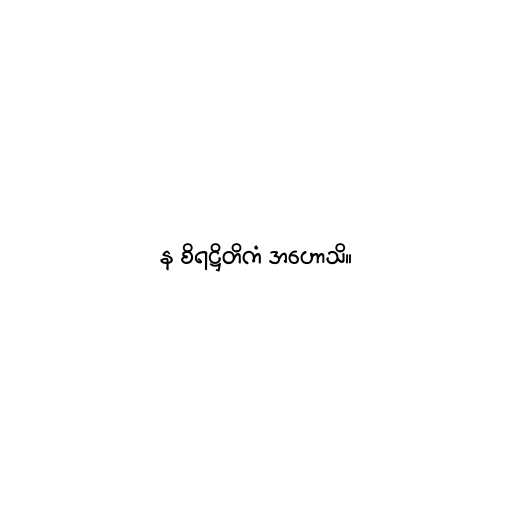
န စိရဋ္ဌိတိကံ အဟောသိ။